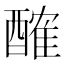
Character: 𨢜